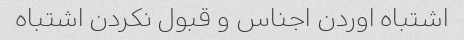
اشتباه اوردن اجناس و قبول نکردن اشتباه